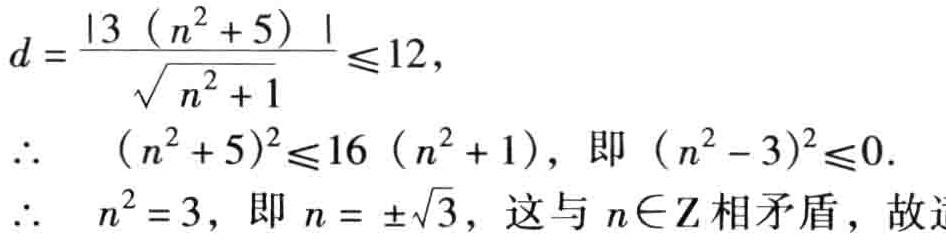
\[
d = \frac{\left|3\left(n^{2}+5\right)\right|}{\sqrt{n^{2}+1}} \leq 12,
\]
\[
\therefore\quad\left(n^{2}+5\right)^{2} \leq 16\left(n^{2}+1\right), \text { 即 }\left(n^{2}-3\right)^{2} \leq 0.
\]
\[
\therefore\quad n^{2}=3, \text { 即 } n=\pm\sqrt{3}, \text { 这与 } n \in \mathrm{Z} \text { 相矛盾，故 }
\]